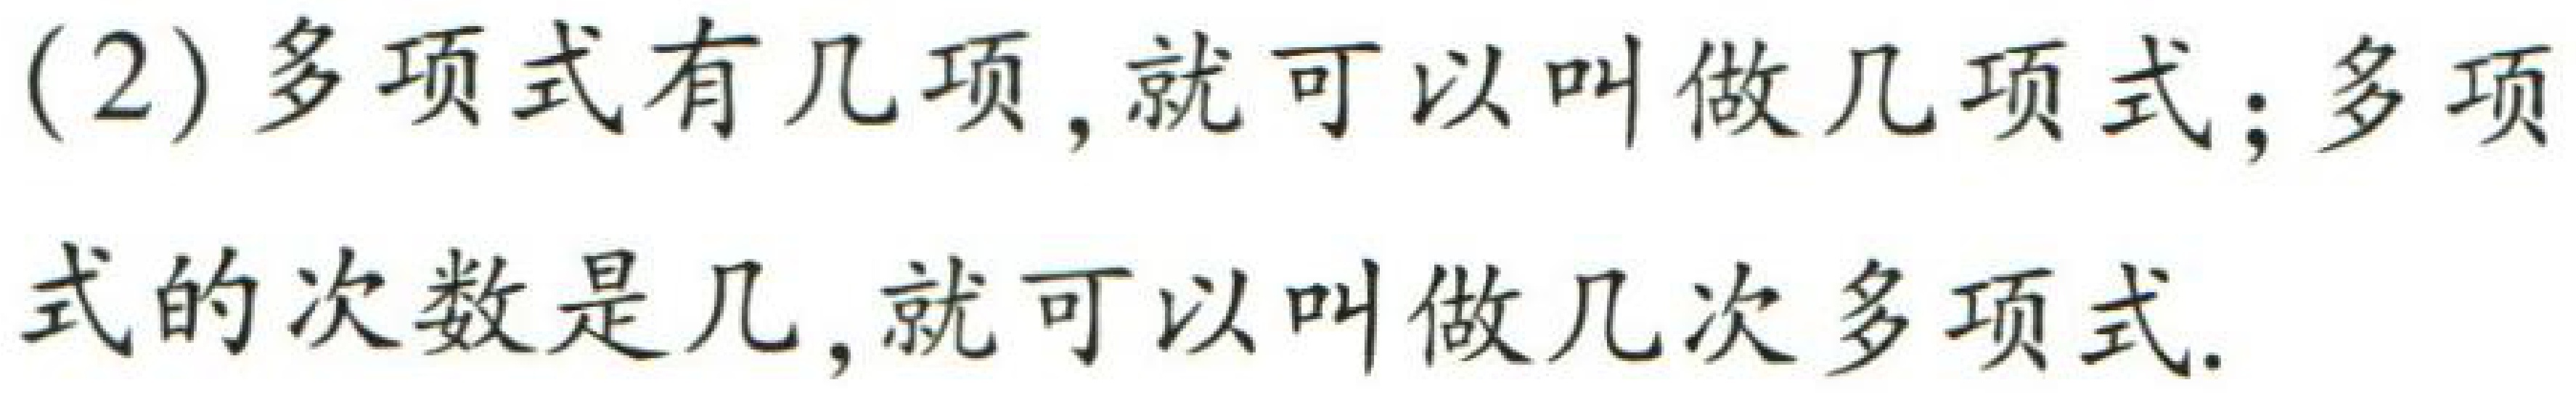
(2)多项式有几项,就可以叫做几项式;多项式的次数是几,就可以叫做几次多项式.